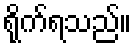
ရိုက်ရသည်။